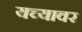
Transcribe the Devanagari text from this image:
यच्यावर